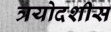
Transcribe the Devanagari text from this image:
त्रयोदशीस